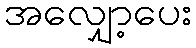
အလျှော့ပေး